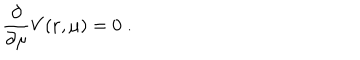
LaTeX: \frac { \partial } { \partial \mu } V ( { \bf r } , \mu ) = 0 \; .